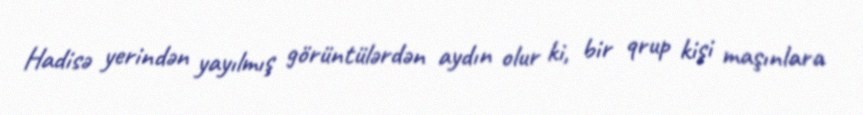
Hadisə yerindən yayılmış görüntülərdən aydın olur ki, bir qrup kişi maşınlara